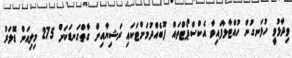
ވިދާޅުވީ ހުޅަނގުން ހުއްޓާލާފައިވާ އެކްސްޕޯޓްތައް ފޫބެއްދުމަށްޓަކަައި ރަޝިޔާއިން ގާތްގަނޑަކަށް 275 މިލިއަން ޑޮލަރު